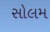
સોલમ